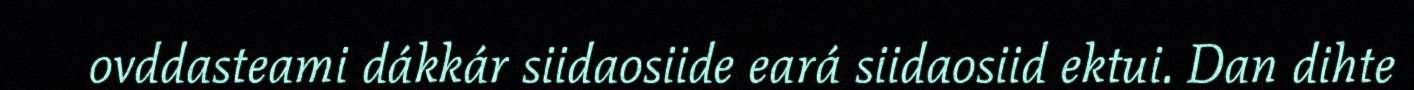
ovddasteami dákkár siidaosiide eará siidaosiid ektui. Dan dihte